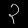
Digit: ၃